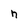
Character: h